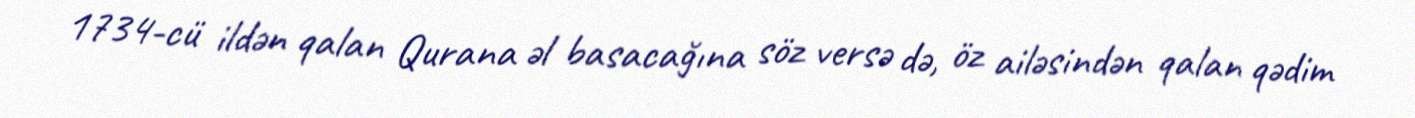
1734-cü ildən qalan Qurana əl basacağına söz versə də, öz ailəsindən qalan qədim